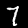
Digit: 7